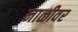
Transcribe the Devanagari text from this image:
नाळीवर